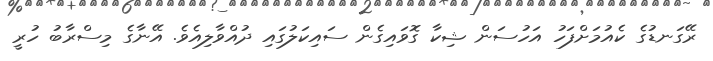
ރޭގަނޑުގެ ކެއުމަށްފަހު އަހުސަން ޝިކާ ގޮވައިގެން ސައިކަލުގައި ދުއްވާލިއެވެ. އޭނާގެ މިސްރާބު ހުރީ